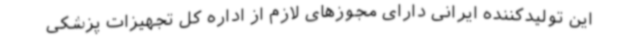
این تولیدکننده ایرانی دارای مجوزهای لازم از اداره کل تجهیزات پزشکی